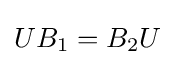
UB_{1}=B_{2}U